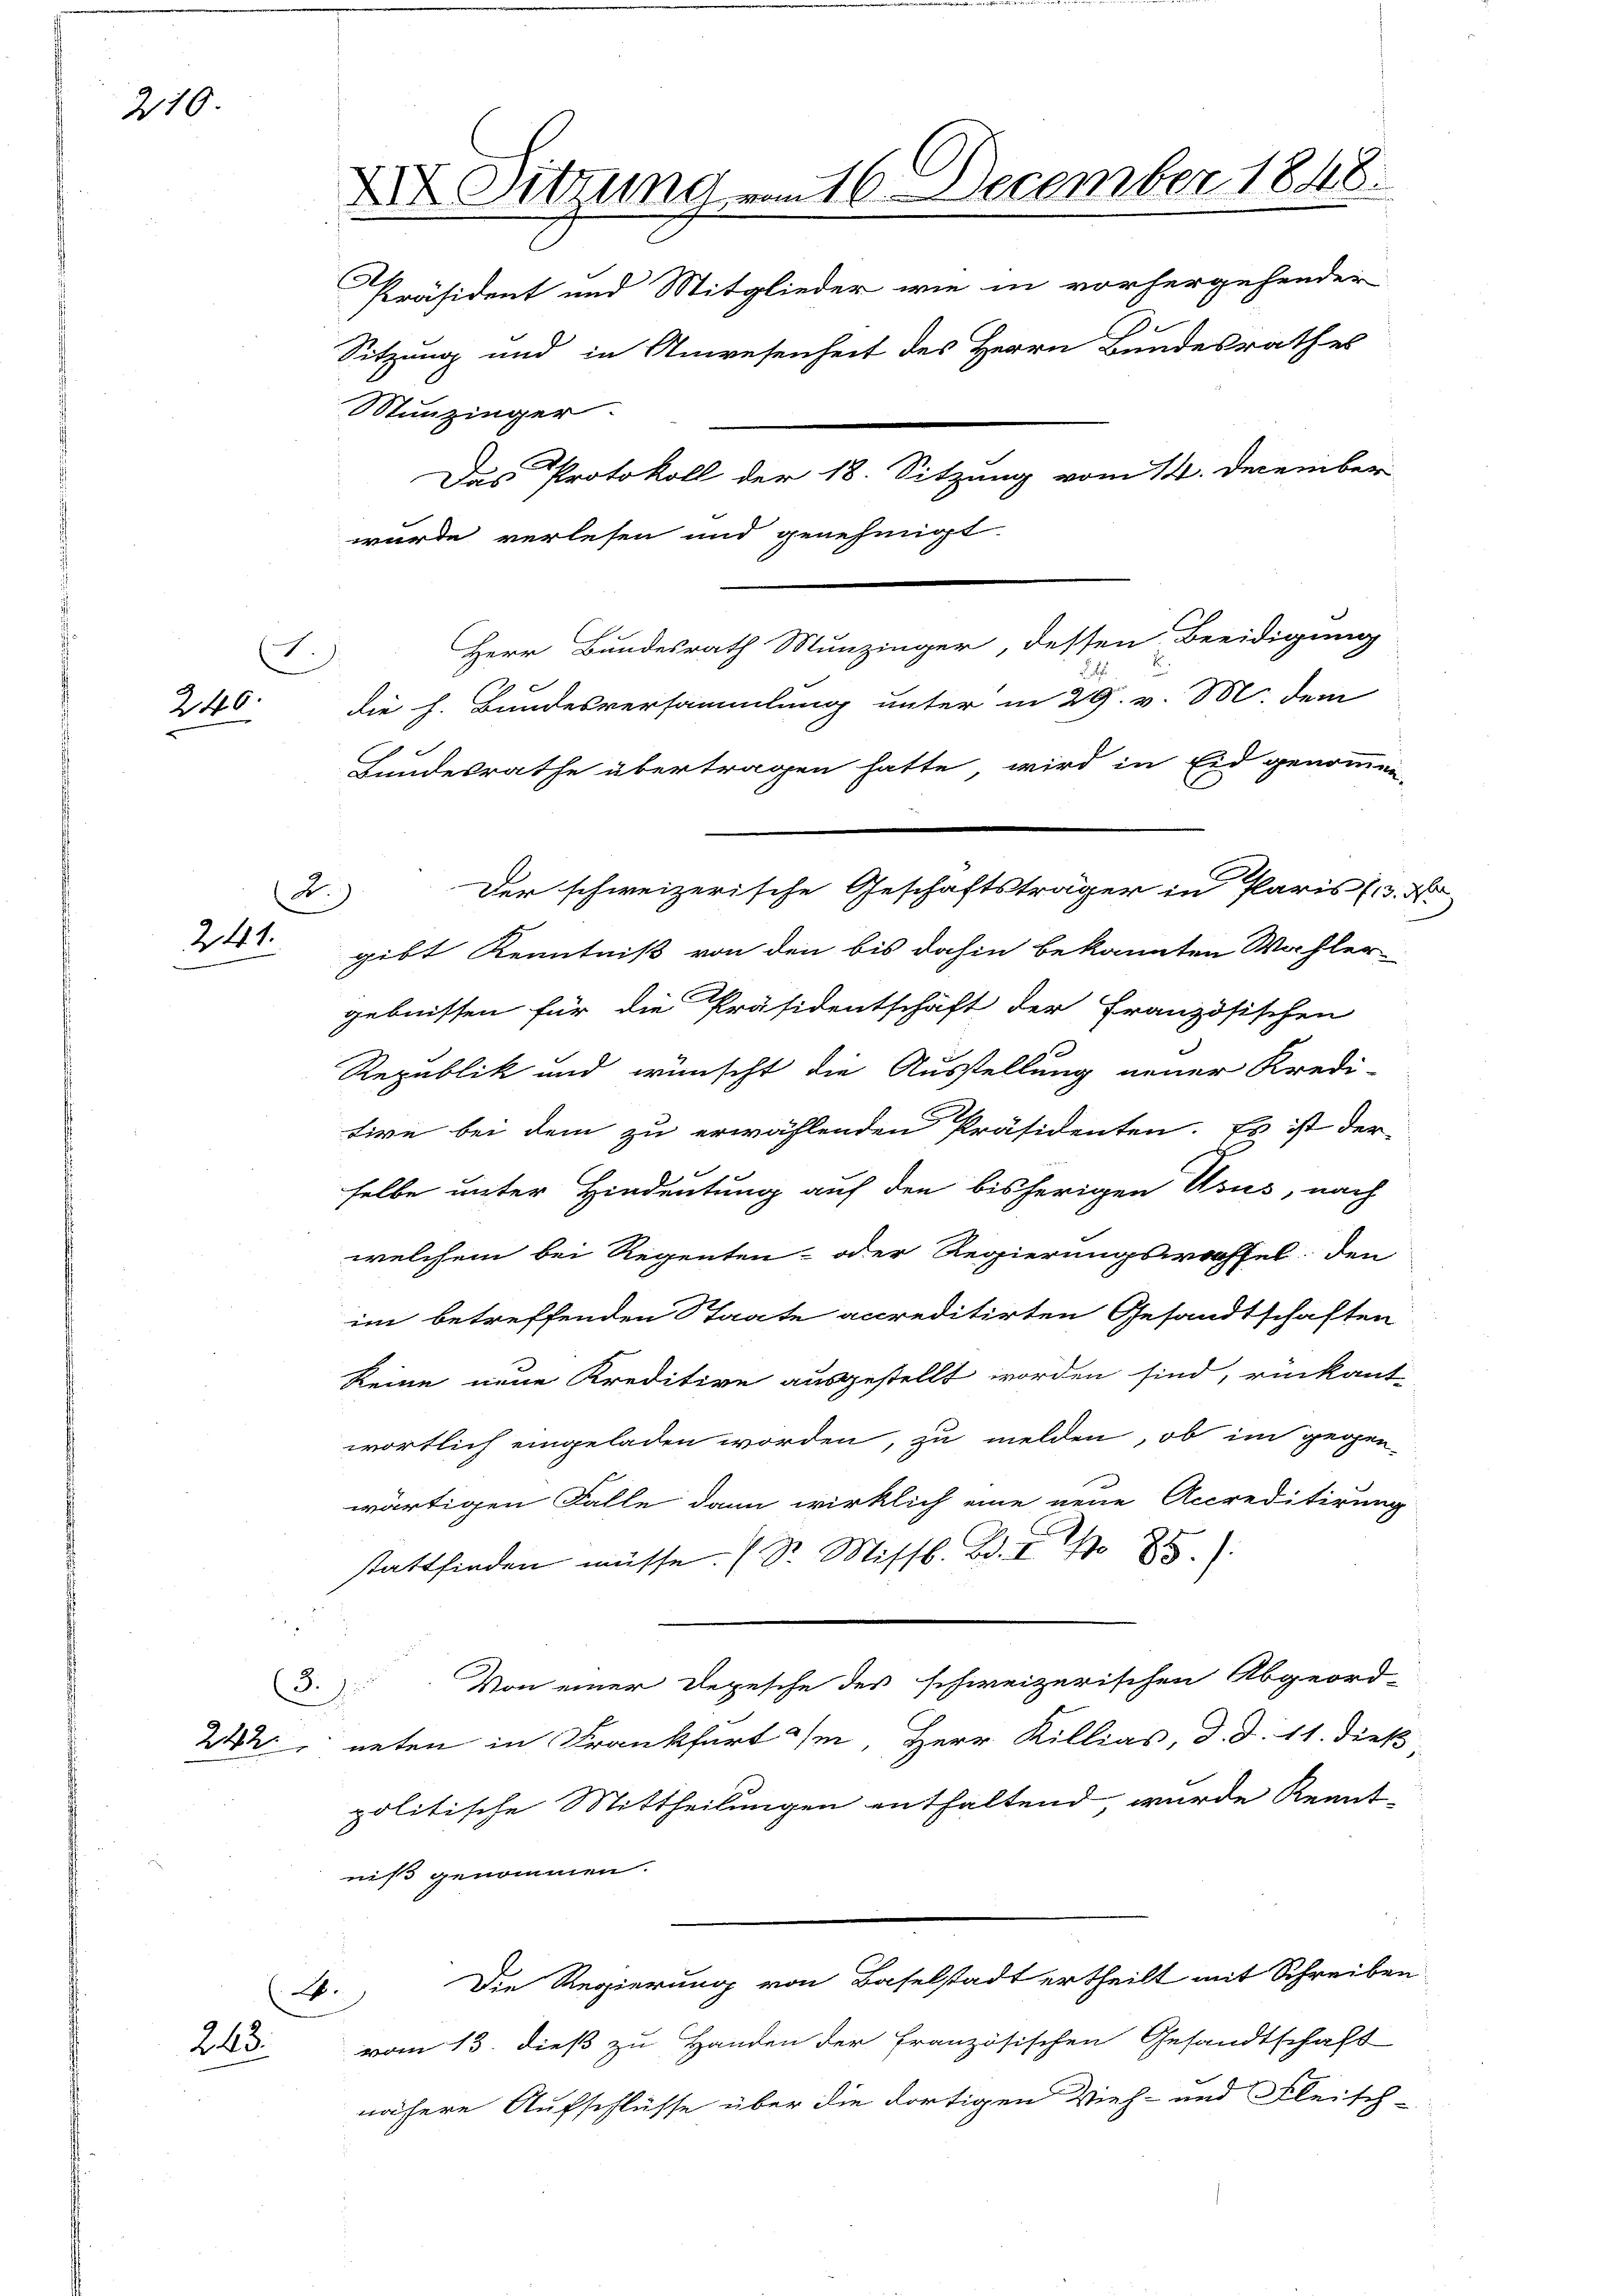
210.

216.

2)
2.

d.)
241.

(§. 1.

243.

A

XI. Sitzung vom 16. December 1848.
Präsident und Mitglieder wie in vorhergehender
Sitzung und in Anwesenheit des Herrn Bundesrathes
Munzinger
.
Das Protokoll der 18. Sitzung vom 14. December
wurde verlesen und genehmigt

Herr Bundesrath Munzinger, dessen Beeidigung
die h. Bundesversammlung unter in 29. v. M. dem
Bundesrathe übertragen hatte wird in Eid genommen,
gibt Kenntniß von den bis dahin bekannten Wahler
gebnissen für die Präsidentschaft der Französischen
Republik und wünscht die Ausstellung neuer Kredi-
tive bei dem zu erwählenden Präsidenten. Es ist der
selbe unter Hindeutung auf den bisherigen Usus, nach
welchem bei Regenten- oder Regierungsoffel, den
im betreffenden Staate accreditirten Gesandtschaften
keine neue Kreditive ausgestellt worden sind, rückant-
wortlich eingeladen worden, zu melden, ob im gegen-
wärtigen Falle dann wirklich eine neue Accreditirung
stattfinden müsse. (Dr. Missb. Bd. I 8.
Von einer Depesche des schweizerischen Abgeord-
2, neten in Frankfurt ihm, Herr Killias, d. d. 11. dieß
politische Mittheilungen enthaltend, wurde Kennt-
niß genommen.
Die Regierung von Baselstadt ertheilt mit Schreiben
vom 13. dieß zu Handen der Französischen Gesandtschaft
nähere Aufschlüsse über die dortigen Vieh- und Fleisch-

Der schweizerische Geschäftsträger in Paris (3. A

be